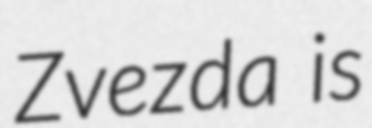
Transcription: Zvezda is